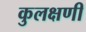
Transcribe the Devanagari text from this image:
कुलक्षणी